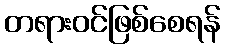
တရားဝင်ဖြစ်စေရန်